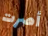
أصرت